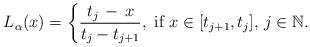
LaTeX: \begin{align*}L_{\alpha}(x) = \left \{ \frac{ t_j\,-\,x}{ t_j-t_{j+1}} , \mbox{ if } x \in [t_{j+1}, t_{j}], \, j \in \mathbb{N}. \right .\end{align*}